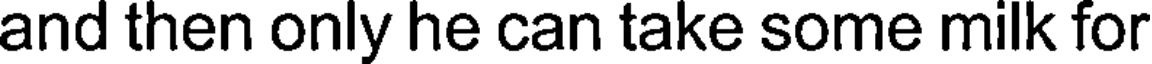
and then only he can take some milk for